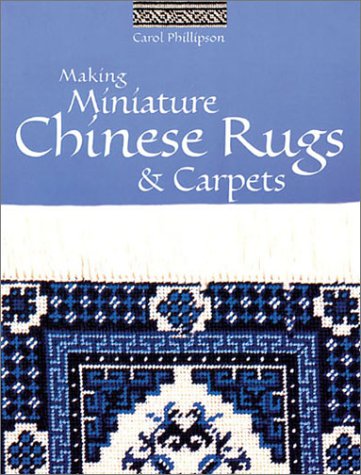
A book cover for Making Miniature Chinese Rugs & Carpets; Carol Phillipson; Crafts, Hobbies & Home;